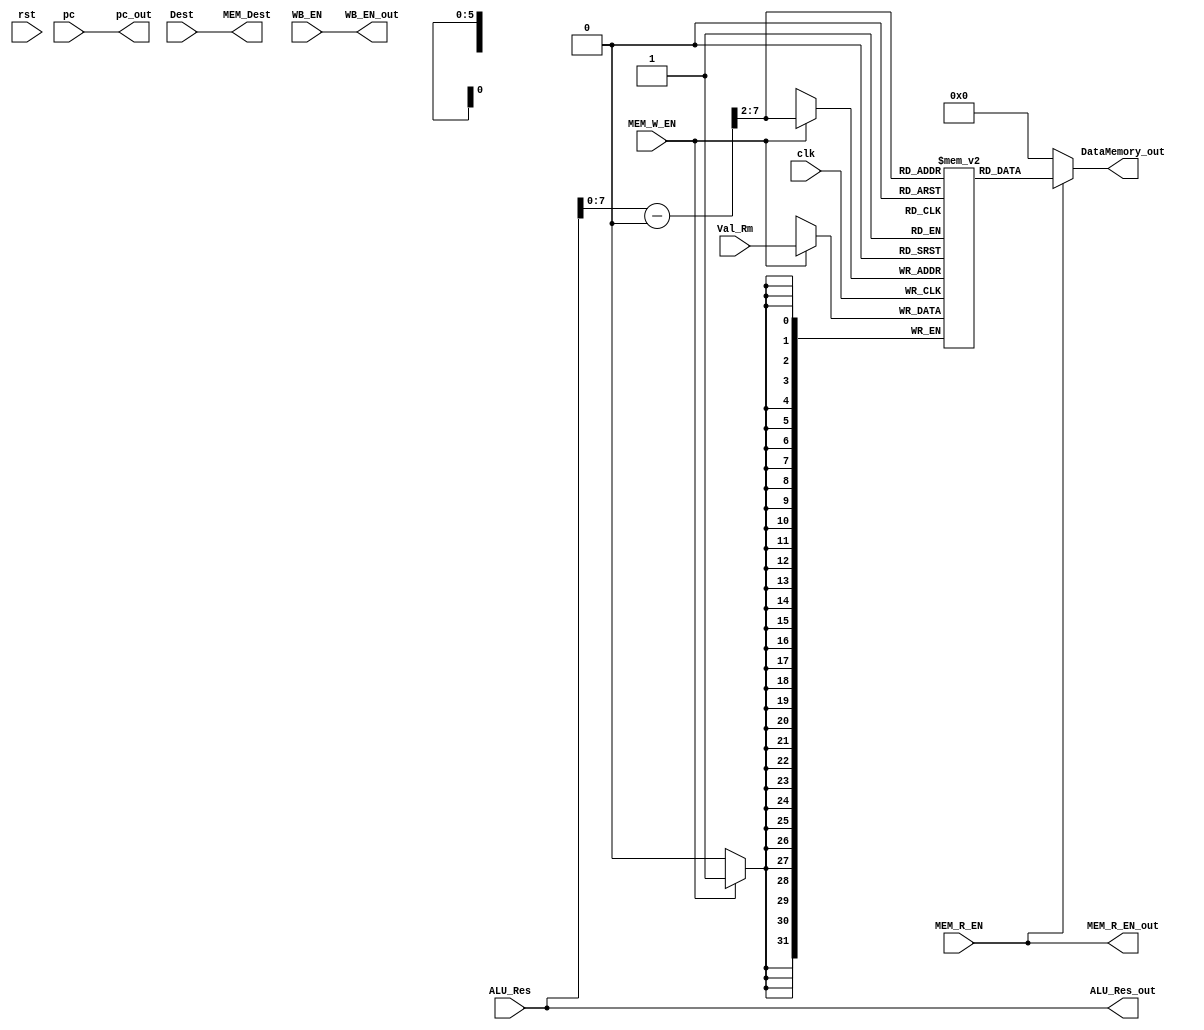
module MEM
(
input clk,
input rst,
input WB_EN,
input MEM_R_EN,
input MEM_W_EN,
input [31:0] ALU_Res,
input [31:0] Val_Rm,
input [3:0] Dest,
input [31:0] pc,
output WB_EN_out,
output MEM_R_EN_out,
output [31:0]ALU_Res_out,
output [31:0]DataMemory_out,
output [3:0] MEM_Dest,
output [31:0] pc_out
);

assign pc_out = pc;
assign WB_EN_out = WB_EN;
assign MEM_R_EN_out = MEM_R_EN;
assign MEM_Dest = Dest;
assign ALU_Res_out = ALU_Res;

reg[31:0] memory[0:63];
wire[31:0] address;

assign address= (ALU_Res-32'd1024) >> 2; //memory starts @1024 address  
assign DataMemory_out = MEM_R_EN ? memory[address] : 32'd0;

always@(negedge clk) //write
begin
	if(MEM_W_EN)
		memory[address] = Val_Rm;
end

endmodule